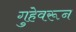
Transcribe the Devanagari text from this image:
गुहेवरून